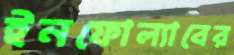
ইনফোল্যাবের